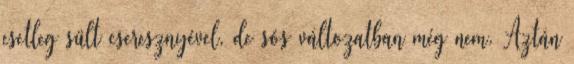
esetleg sült cseresznyével, de sós változatban még nem. Aztán